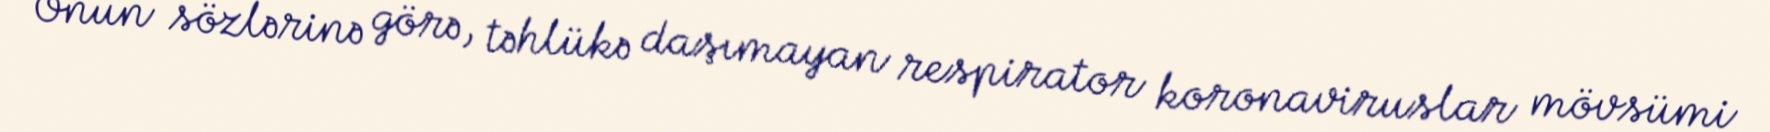
Onun sözlərinə görə, təhlükə daşımayan respirator koronaviruslar mövsümi